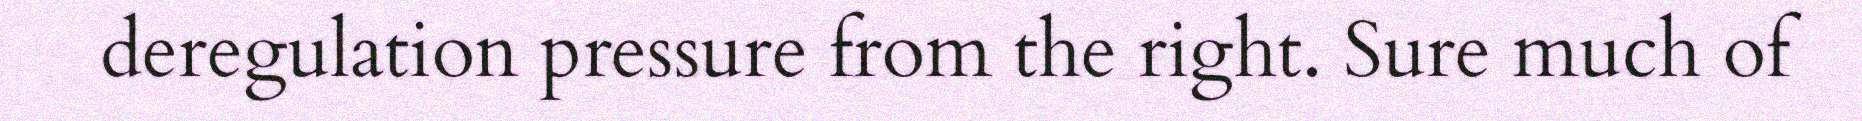
deregulation pressure from the right. Sure much of